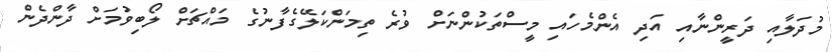
މުދަލާއި ދަރީންނާއި އަދި އެންމެހައި މީސްތަކުންނަށް ވުރެ ތިމަންކަލޭގެފާނުގެ މައްޗަށް ލޯބިވުމަށް ދާންދެން